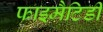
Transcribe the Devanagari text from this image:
फाइमैटिडी